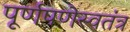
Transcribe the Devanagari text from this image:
पूर्णपणेस्वतंत्र